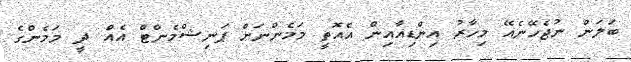
ބަލަން ނުޖެހޭނެއޭ މިހާރު އިންޑިއާއިން އެއޮތީ މަމެންނަށް ޕަނިޝްމެންޓް އެއް ދީ މަމެންގެ